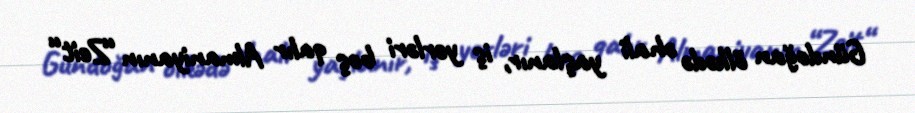
Gündoğan ölkədə əhali yaşlanır, iş yerləri boş qalır Almaniyanın “Zeit“